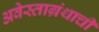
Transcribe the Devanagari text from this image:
अवेस्ताग्रंथाची